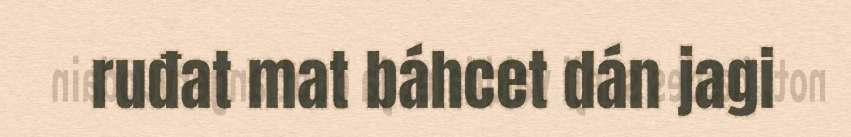
ruđat mat báhcet dán jagi